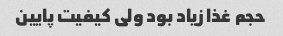
حجم غذا زیاد بود ولی کیفیت پایین